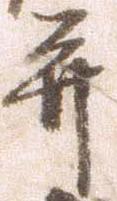
并